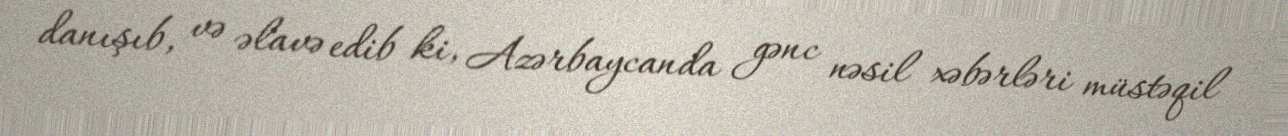
danışıb, və əlavə edib ki, Azərbaycanda gənc nəsil xəbərləri müstəqil